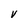
Character: V